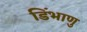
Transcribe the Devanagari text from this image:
डिंभाणु